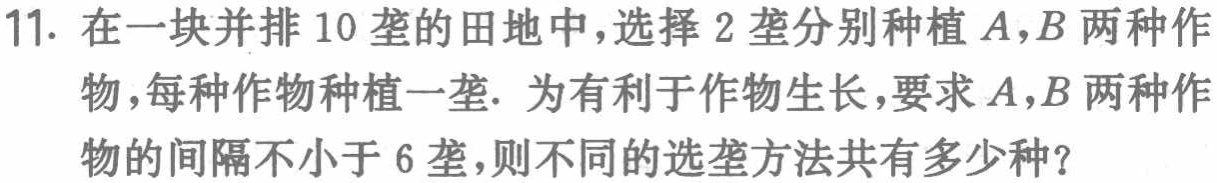
11. 在一块并排 10 垄的田地中，选择 2 垄分别种植 \(A,B\) 两种作物，每种作物种植一垄. 为有利于作物生长，要求 \(A,B\) 两种作物的间隔不小于 6 垄，则不同的选垄方法共有多少种？